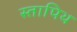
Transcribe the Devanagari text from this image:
स्तापिथ